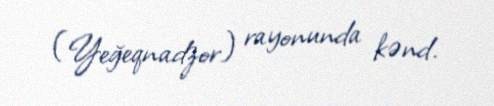
(Yeğeqnadzor) rayonunda kənd.